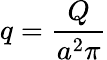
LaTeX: q=\frac{Q}{a^{2}\pi}